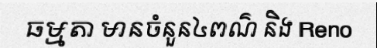
ធម្មតា មានចំនួន៤ពណ៌ និង Reno